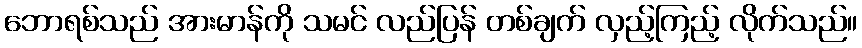
ဘောရစ်သည် အားမာန်ကို သမင် လည်ပြန် တစ်ချက် လှည့်ကြည့် လိုက်သည်။